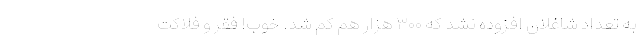
به تعداد شاغلان افزوده نشد که ۳۰۰ هزار هم کم شد. خوب! فقر و فلاکت